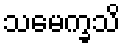
သမေက္ခသိ